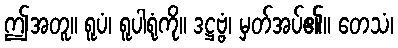
ဤအတူ။ ရူပံ၊ ရူပါရုံကို။ ဒဋ္ဌဗ္ဗံ၊ မှတ်အပ်၏။ တေသံ၊